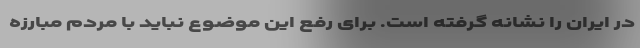
در ایران را نشانه گرفته است. برای رفع این موضوع نباید با مردم مبارزه